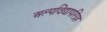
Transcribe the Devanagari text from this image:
अल्पविद्यापरिग्रह